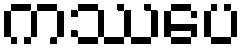
ကဿပေ